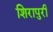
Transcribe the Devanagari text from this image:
शिरापुरी